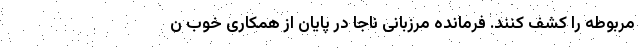
مربوطه را کشف کنند. فرمانده مرزبانی ناجا در پایان از همکاری خوب ن